Leaving Certificate Examination, 1922
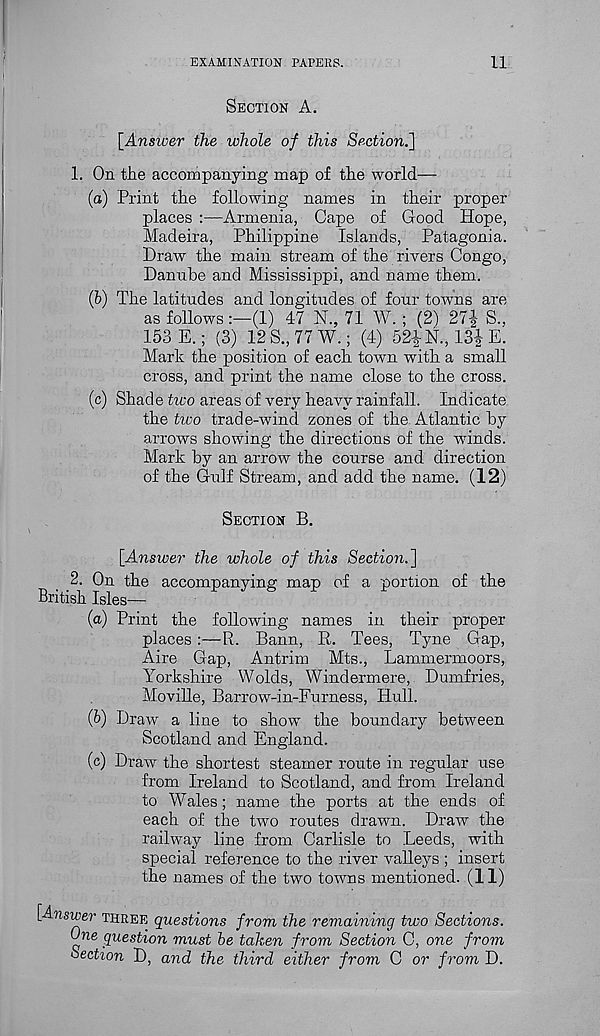
EXAMINATION PAPERS.
11
SECTION A.
[Answer the whole of this Section.]
1. On the accompanying map of the world—
(a) Print the following names in their proper
places :—Armenia, Cape of Good Hope,
Madeira, Philippine Islands, Patagonia.
Draw the main stream of the rivers Congo,
Danube and Mississippi, and name them.
(5) The latitudes and longitudes of four towms are
as follows(1) 47 N., 71 W. ; (2) 27f S.,
153 E. ; (3) 12 S., 77 W.; (4) 52£N., 13|E.
Mark the position of each town with a small
cross, and print the name close to the cross.
(c) Shade two areas of very heavy rainfall. Indicate
the two trade-wind zones of the Atlantic by
arrows showing the directions of the winds.
Mark by an arrow the course and direction
of the Gulf Stream, and add the name. (12)
SECTION B.
[Answer the whole of this Section.]
2. On the accompanying map of a portion of the
British Isles—
(a) Print the following names in their proper
places :—R. Bann, R. Tees, Tyne Gap,
Aire Gap, Antrim Mts., Lammermoors,
Yorkshire Wolds, Windermere, Dumfries,
Moville, Barrow-in-Furness, Hull.
(h) Draw a line to show the boundary between
Scotland and England.
(c) Draw the shortest steamer route in regular use
from Ireland to Scotland, and from Ireland
to Wales; name the ports at the ends of
each of the two routes drawn. Draw the
railway line from Carlisle to Leeds, with
special reference to the river valleys ; insert
the names of the two towns mentioned. (11)
[Answer THREE questions from the remaining two Sections.
One question must he taken from Section C, one from
Section D, and the third either from C or from D.